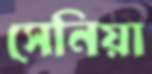
সেনিয়া